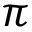
\pi